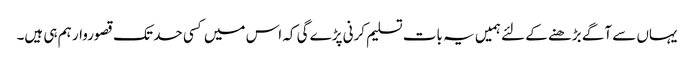
یہاں سے آگے بڑھنے کے لئے ہمیں یہ بات تسلیم کرنی پڑے گی کہ اس میں کسی حد تک قصوروار ہم ہی ہیں۔